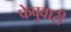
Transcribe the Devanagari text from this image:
फेबुवारी